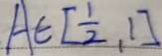
A \in [ \frac { 1 } { 2 } , 1 ]